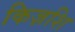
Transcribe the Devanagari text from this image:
किज़शि